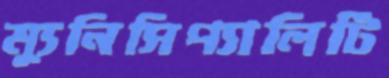
ম্যুনিসিপ্যালিটি